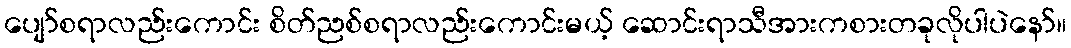
ပျော်စရာလည်းကောင်း စိတ်ညစ်စရာလည်းကောင်းမယ့် ဆောင်းရာသီအားကစားတခုလိုပါပဲနော်။